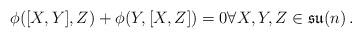
LaTeX: \begin{align*}\phi([X,Y],Z)+ \phi(Y, [X,Z])=0 \forall X,Y,Z\in \mathfrak{su}(n)\, .\end{align*}